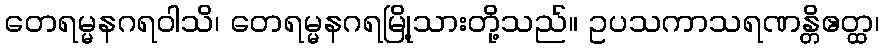
တေရမ္မနဂရဝါသိ၊ တေရမ္မနဂရမြို့သားတို့သည်။ ဥပသကာသရဏန္တိဧတ္ထ၊